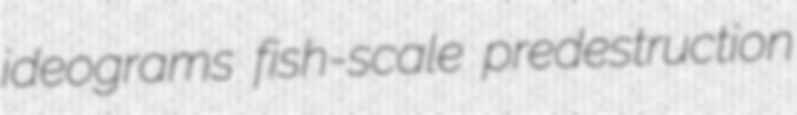
ideograms fish-scale predestruction